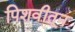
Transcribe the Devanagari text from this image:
पिशवीतून